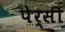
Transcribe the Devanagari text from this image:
पेर्सी